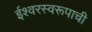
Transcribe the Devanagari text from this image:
ईश्वरस्वरूपाची